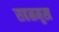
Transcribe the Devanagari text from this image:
सहस्रमुख